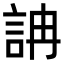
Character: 𧦦